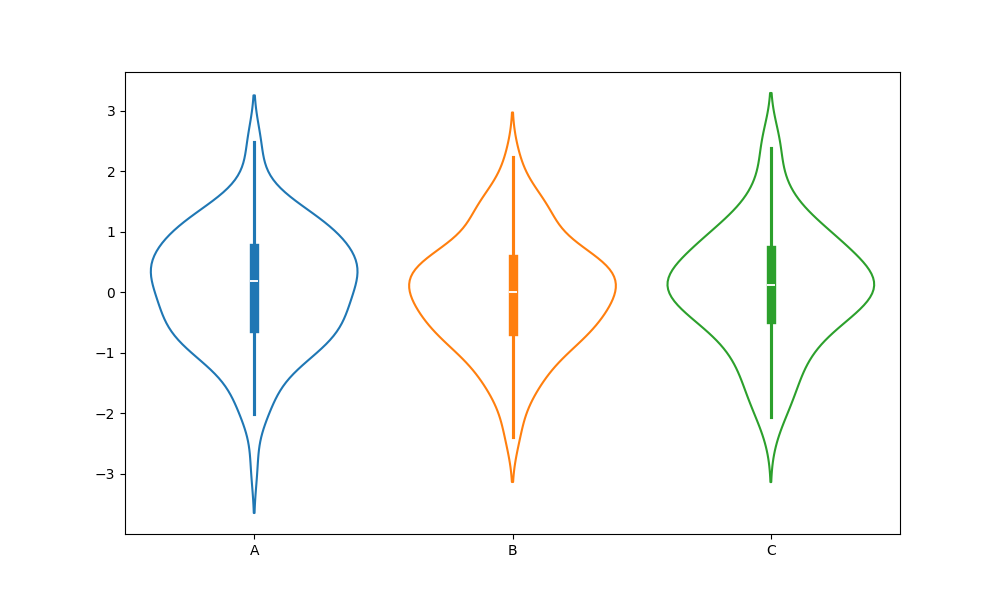
python, seaborn, violinplot, scale='area', split='False', inner='box', fill='False'